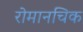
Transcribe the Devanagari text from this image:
रोमानचिक